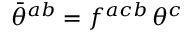
\bar { \theta } ^ { a b } = f ^ { a c b } \, \theta ^ { c }